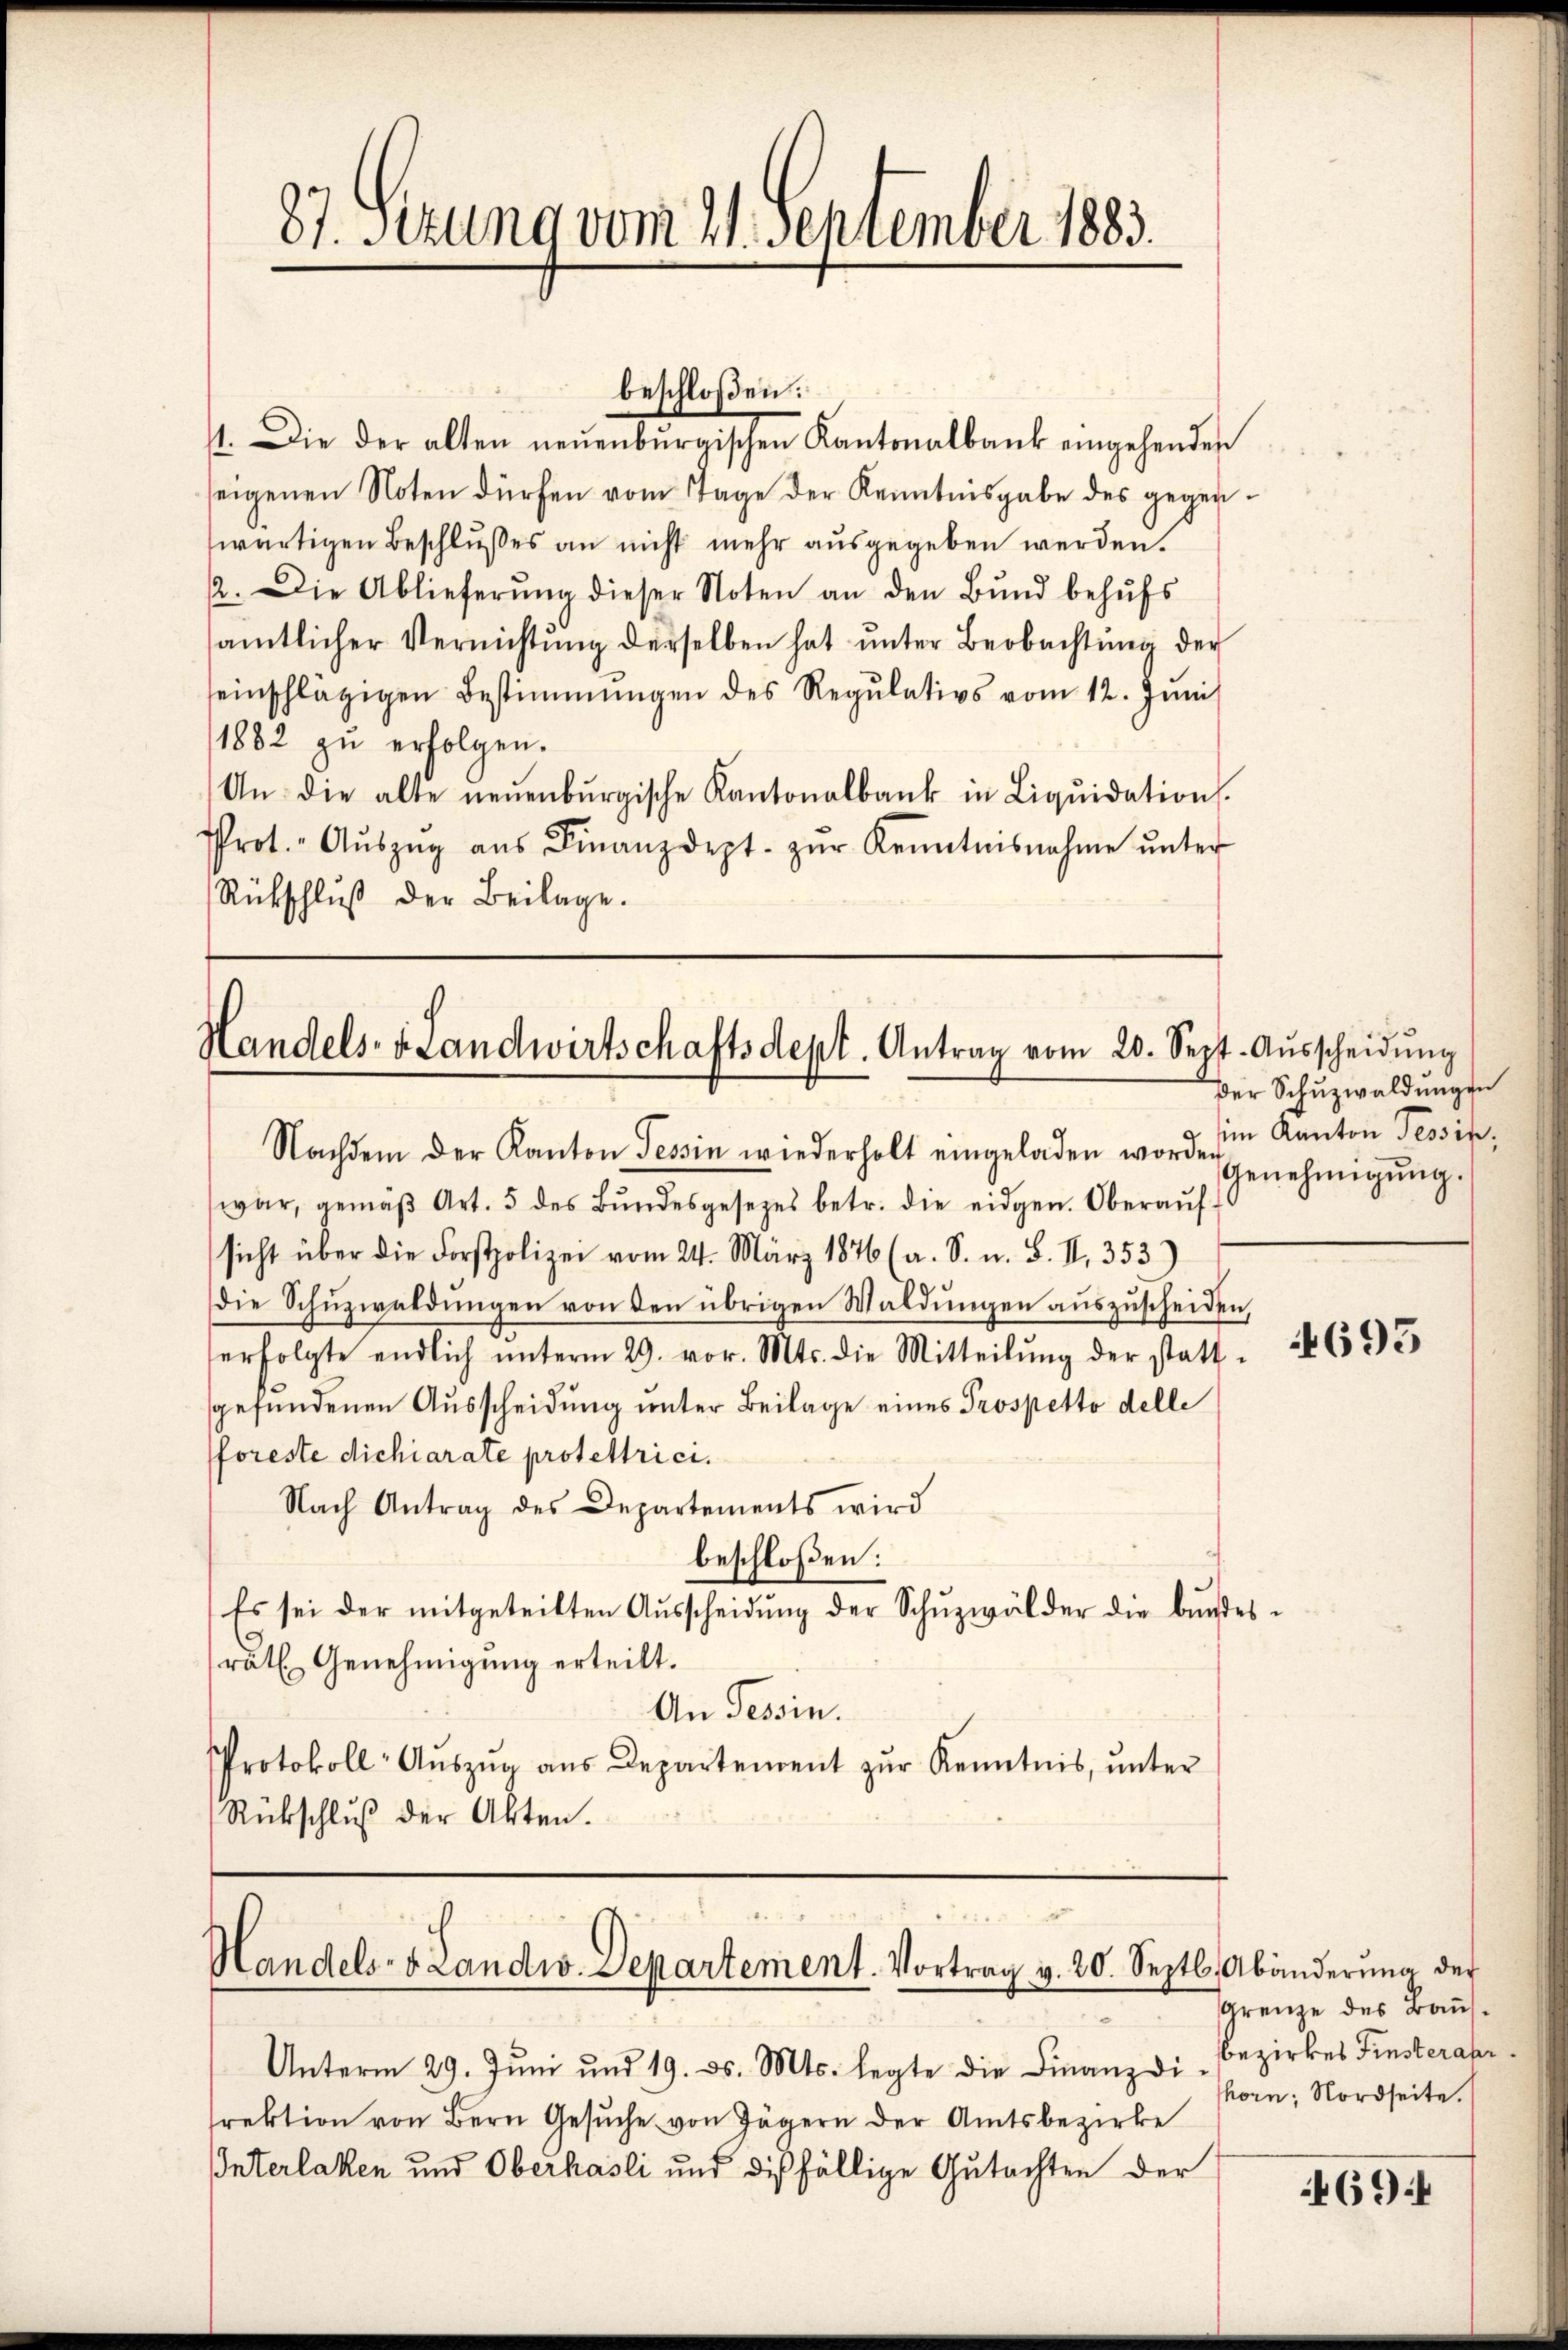
11. Die der alten neŭenbŭrgischen Kantonalbank eingehenden
seigenen Noten dürfen vom Tage der Kenntnisgabe des gegenwärtigen Beschlußes an nicht mehr ausgegeben werden.
2. Die Ablieferŭng dieser Noten an den Bŭnd behŭfs
sämtlicher Vernichtŭng derselben hat unter Beobachtung der
seinschlägigen Bestimmungen des Regulativs vom 12. Juni
1882 zu erfolgen.
An die alte neŭenbŭrgische Kantonalbank in Liqŭidation.
Prot. " Aŭszŭg aŭs Finanzdept. zŭr Kenntnisnahme ŭnter
Rütschlŭβ der Beilage.

87. Sezung vom 11. September 1883.

beschloßen:

Handels- & Landwirtschaftsdept. Antrag vom 20. Sept. Aŭsscheidŭng

.
.
2
Handels- & Landw. Departement. Vortrag v. 20. Septb. Abänderŭng der

Unterm 29. Juni und 19. ds. Mts. legte die Finanzdi-Bezirkes Finsterabr
srektion von Bern Gesŭche von Jägern der Amtsbezirke
Interlaken und Oberhasli und dießfällige Gutachten der

Nachdem der Kanton Tessin wiederholt eingeladen worden
war, gemäβ Art. 5 des Bŭndesgesezes betr. die eidgen. Oberaŭf
sicht über die Forstpolizei vom 24. März 1876 (a. S. u. B. II, 353
die Schuzwaldungen von den übrigen Waldungen auszuscheiden,
erfolgte endlich ŭnterm 29. vor. Mts. die Mitteilŭng der statt-
gefundenen Ausscheidung unter Beilage eines Prospetto delle
foreste dichiarate protestrici¬
Nach Antrag des Departements wird
beschloßen:
Es sei der mitgeteilten Aŭsscheidŭng der Schŭzwälder die bŭndes-
.
rätl. Genehmigung erteilt.
An Tessin.
Protokoll- Aŭszŭg aŭs Departement zŭr Kenntnis, unter
Rückschlŭβ der Akten.

Der Schŭzwaldungen
im Kanton Tessin,
Genehmigŭng.

693

Grenze des Baushorn, Nordseite.

469.4